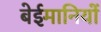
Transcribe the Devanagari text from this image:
बेईमानियों